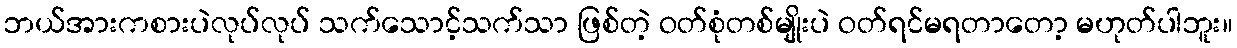
ဘယ်အားကစားပဲလုပ်လုပ် သက်သောင့်သက်သာ ဖြစ်တဲ့ ဝတ်စုံတစ်မျိုးပဲ ဝတ်ရင်မရတာတော့ မဟုတ်ပါဘူး။